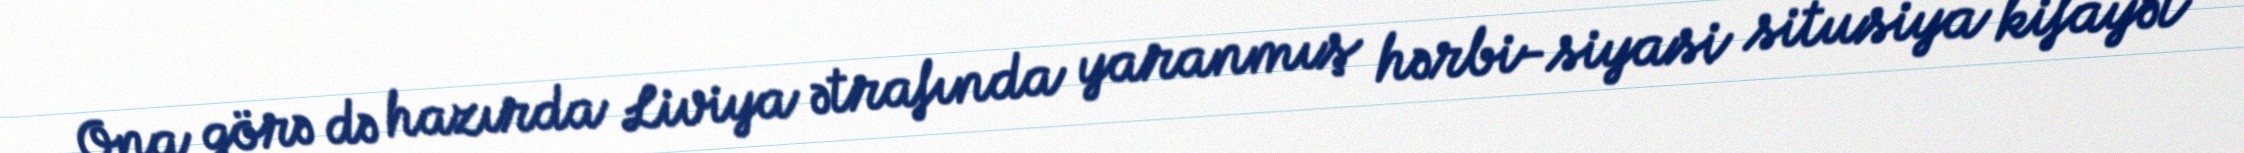
Ona görə də hazırda Liviya ətrafında yaranmış hərbi-siyasi situsiya kifayət